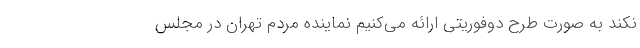
نکند به صورت طرح دوفوریتی ارائه می‌کنیم نماینده مردم تهران در مجلس